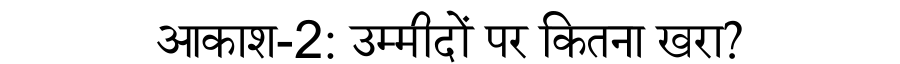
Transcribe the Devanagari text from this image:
आकाश-2: उम्मीदों पर कितना खरा?